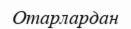
Отарлардан